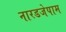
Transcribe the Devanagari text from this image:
नारडजेपाम